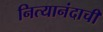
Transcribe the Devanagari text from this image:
नित्यानंदाची